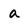
Character: a